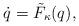
LaTeX: \begin{align*}\dot{q}=\tilde{F}_\kappa (q),\end{align*}